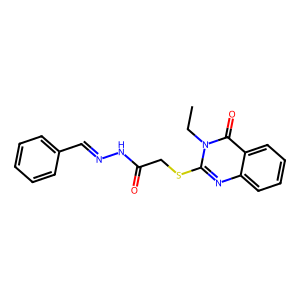
SMILES: CCn1c(SCC(=O)NN=Cc2ccccc2)nc2ccccc2c1=O
Inhibits HIV replication: No